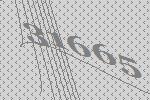
31665